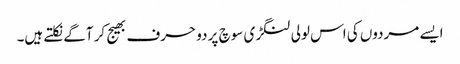
ایسے مردوں کی اس لولی لنگڑی سوچ پر دو حرف بھیج کر آگے نکلتے ہیں۔